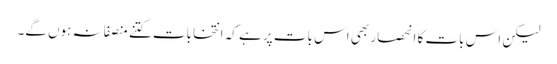
لیکن اس بات کا انحصار بھی اس بات پر ہے کہ انتخابات کتنے منصفانہ ہوں گے۔